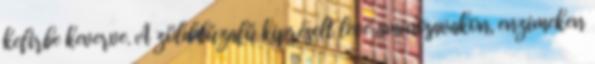
kefirbe keverve. A zöld búzafű kipréselt leve aminosavakon, enzimeken